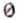
0